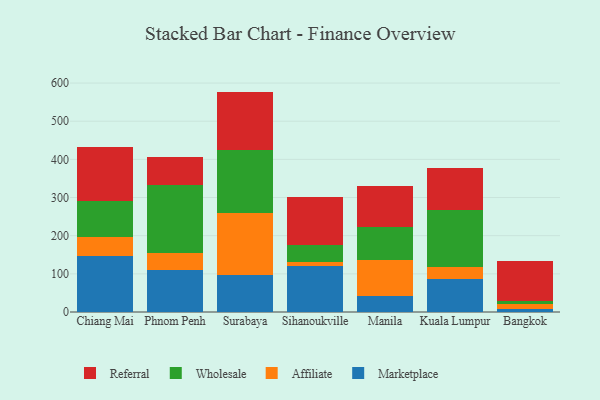
{"axis": {"x": "City", "y": "Inventory Turnover"}, "legend": ["Affiliate", "Marketplace", "Referral", "Wholesale"], "data": [{"x": "Chiang Mai", "y": 146.4, "type": "Marketplace"}, {"x": "Chiang Mai", "y": 50.1, "type": "Affiliate"}, {"x": "Chiang Mai", "y": 95.5, "type": "Wholesale"}, {"x": "Chiang Mai", "y": 140.2, "type": "Referral"}, {"x": "Phnom Penh", "y": 111.2, "type": "Marketplace"}, {"x": "Phnom Penh", "y": 43.5, "type": "Affiliate"}, {"x": "Phnom Penh", "y": 177.5, "type": "Wholesale"}, {"x": "Phnom Penh", "y": 74.5, "type": "Referral"}, {"x": "Surabaya", "y": 97.3, "type": "Marketplace"}, {"x": "Surabaya", "y": 161.1, "type": "Affiliate"}, {"x": "Surabaya", "y": 165.3, "type": "Wholesale"}, {"x": "Surabaya", "y": 153.9, "type": "Referral"}, {"x": "Sihanoukville", "y": 120.1, "type": "Marketplace"}, {"x": "Sihanoukville", "y": 10.3, "type": "Affiliate"}, {"x": "Sihanoukville", "y": 44.7, "type": "Wholesale"}, {"x": "Sihanoukville", "y": 127.3, "type": "Referral"}, {"x": "Manila", "y": 41.1, "type": "Marketplace"}, {"x": "Manila", "y": 94.9, "type": "Affiliate"}, {"x": "Manila", "y": 86.1, "type": "Wholesale"}, {"x": "Manila", "y": 108.7, "type": "Referral"}, {"x": "Kuala Lumpur", "y": 85.7, "type": "Marketplace"}, {"x": "Kuala Lumpur", "y": 32.0, "type": "Affiliate"}, {"x": "Kuala Lumpur", "y": 149.4, "type": "Wholesale"}, {"x": "Kuala Lumpur", "y": 109.0, "type": "Referral"}, {"x": "Bangkok", "y": 7.2, "type": "Marketplace"}, {"x": "Bangkok", "y": 14.3, "type": "Affiliate"}, {"x": "Bangkok", "y": 8.3, "type": "Wholesale"}, {"x": "Bangkok", "y": 104.0, "type": "Referral"}]}